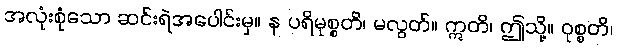
အလုံးစုံသော ဆင်းရဲအပေါင်းမှ။ န ပရိမုစ္စတိ၊ မလွတ်။ ဣတိ၊ ဤသို့။ ဝုစ္စတိ၊